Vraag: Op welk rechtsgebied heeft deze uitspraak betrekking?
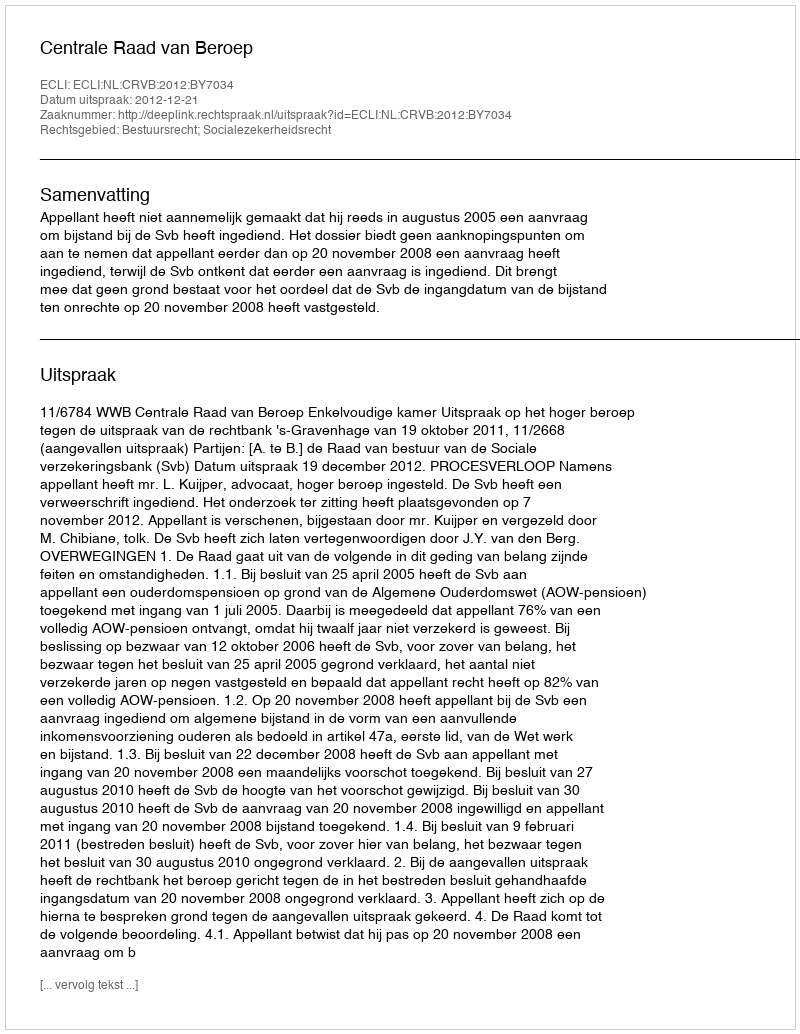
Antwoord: Bestuursrecht; Socialezekerheidsrecht